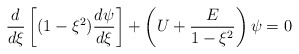
\begin{align*}\frac{d}{d\xi}\left[(1-\xi^2)\frac{d\psi}{d\xi}\right]+\left(U+\frac{E}{1-\xi^2}\right)\psi=0\end{align*}